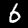
Digit: 6